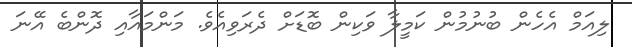
ލިއަމް އެހެން ބުނުމުން ކަމީލާ ވަކިން ބޮޑަށް ދެރަވިއެވެ. މަންމައާއި ދޮންބެ އޭނަ